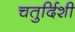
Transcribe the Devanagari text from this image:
चतुर्दिशी